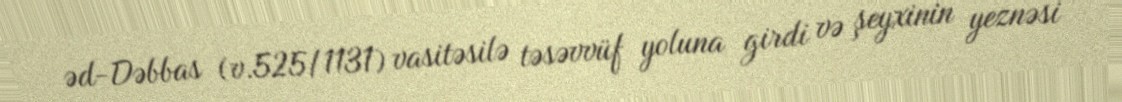
əd-Dəbbas (v.525/1131) vasitəsilə təsəvvüf yoluna girdi və şeyxinin yeznəsi